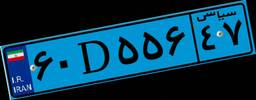
۶۰D۵۵۶۴۷